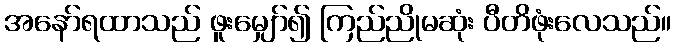
အနော်ရထာသည် ဖူးမျှော်၍ ကြည်ညိုမဆုံး ပီတိဖုံးလေသည်။